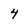
Character: 4